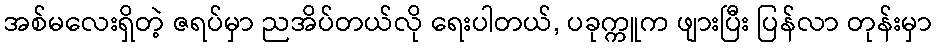
အစ်မလေးရှိတဲ့ ဇရပ်မှာ ညအိပ်တယ်လို ရေးပါတယ်, ပခုက္ကူက ဖျားပြီး ပြန်လာ တုန်းမှာ